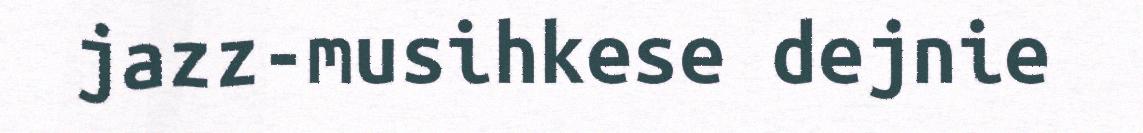
jazz-musihkese dejnie